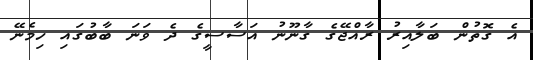
އެ ގޮތުން ބަލާއިރު ރާއްޖޭގެ ގާނޫނު އަސާސީގެ ދެ ވަނަ ބާބުގައި ހިމެނޭ